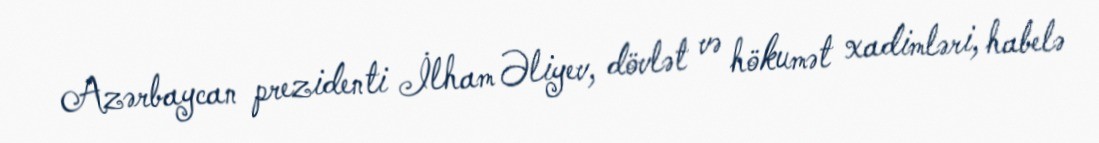
Azərbaycan prezidenti İlham Əliyev, dövlət və hökumət xadimləri, habelə